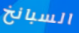
السبانخ